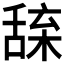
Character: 𦧢